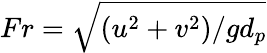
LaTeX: Fr=\sqrt{(u^{2}+v^{2})/gd_{p}}